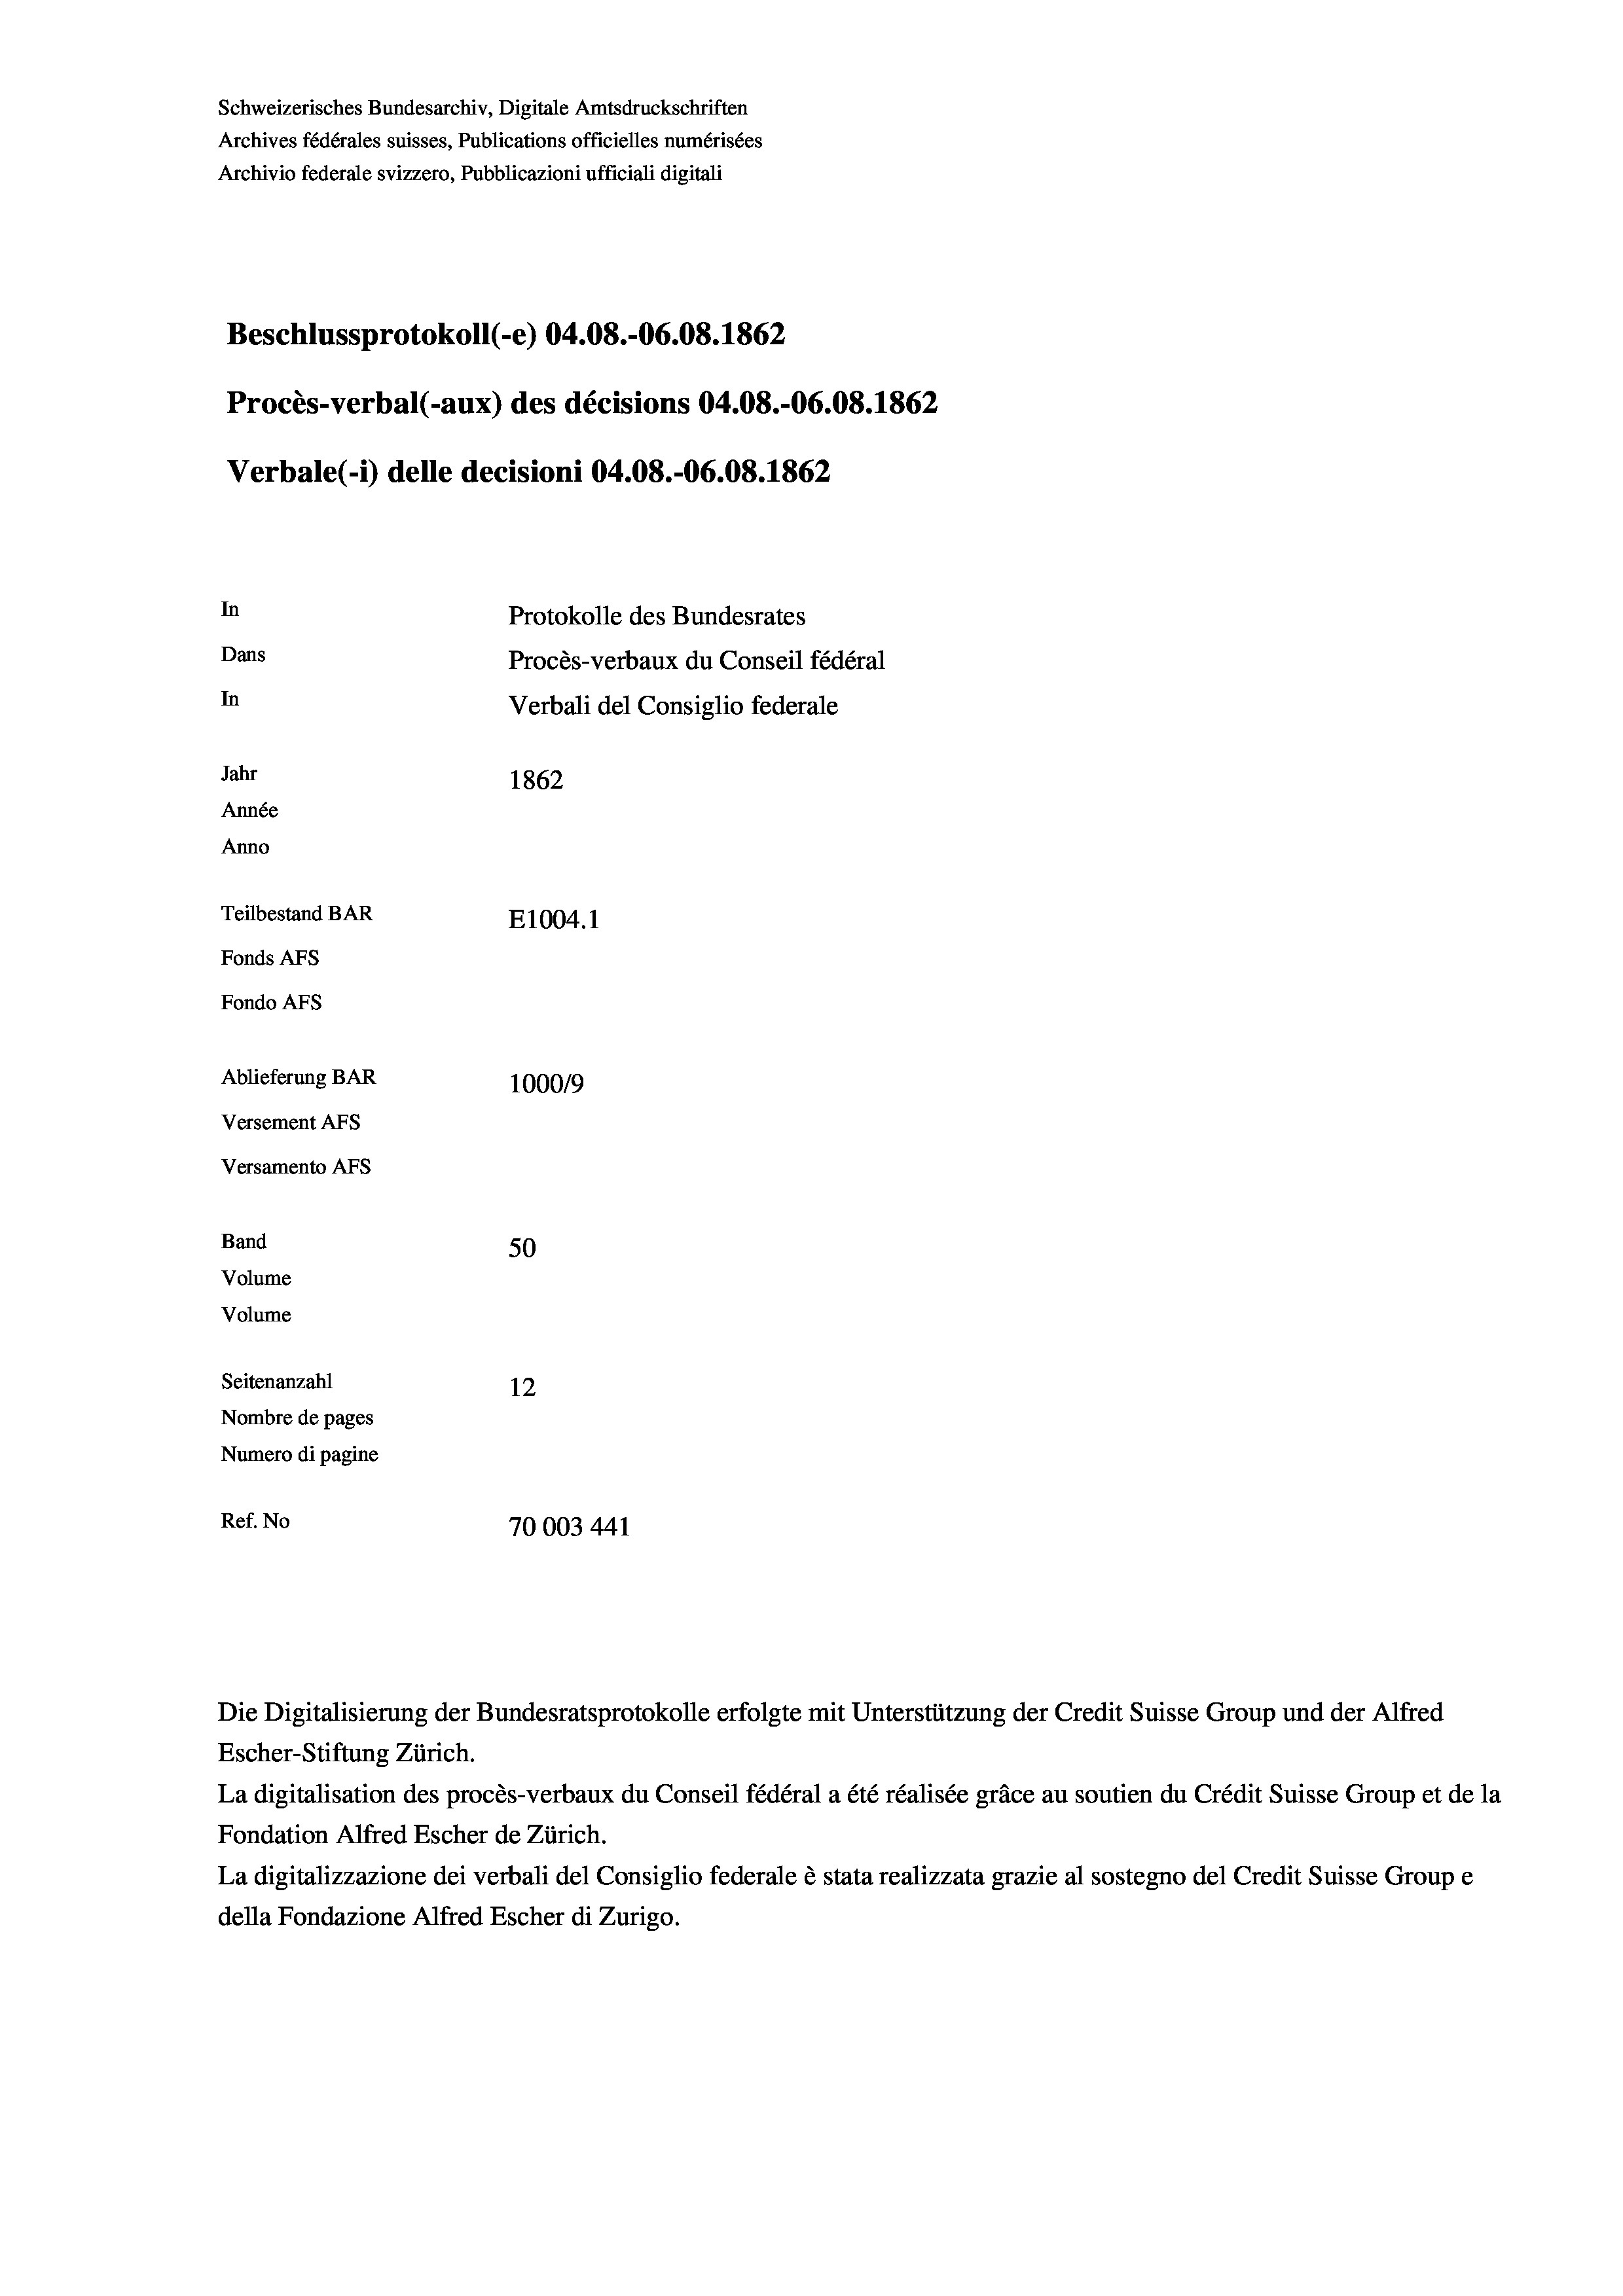
Beschlussprotokoll (-e) 04.08.-06.08. 1862
Procès-verbal (-aux) des décisions 04.08.-06.08. 1862
Verbale(-*) delle decisioni 04.08.-06.08. 1862
In
Protokolle des Bundesrates
Dans
Procès-verbaux du Conseil fédéral
In
Verbali del Consiglio federale
Jahr
1862
Année
Anno
Teilbestand BAR
E1004. 1
Fonds AFs
Fondo AFS
Ablieferung BAR
100019
Versement As
Versamento Afs

Band
Volume

Volume

Archivio federale svizzero, Pubblicazioni ufficiali digitali

Schweizerisches Bundesarchiv, Digitale Amtsdruckschriften
Archives fédérales suisses, Publications officielles numérisées

50
Seitenanzahl
12
Nombre de pages
Numero di pagine
Ref. No
70003441

Escher-Stiftung Zürich.
La digitalisation des procès-verbaux du Conseil fédéral a été réalisée gräce au soutien du Crédit Suisse Group et de la
Fondation Alfred Escher de Zürich.
La digitalizzazione dei verbali del Consiglio federale è stata realizzata grazie al sostegno del Credit Suisse Groupe
della Fondazione Alfred Escher di Zurigo.

Die Digitalisierung der Bundesratsprotokolle erfolgte mit Unterstützung der Credit Suisse Group und der Alfred